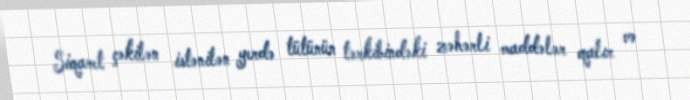
Siqaret çəkilən istənilən yerdə tütünün tərkibindəki zəhərli maddələr qalır və